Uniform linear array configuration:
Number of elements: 48
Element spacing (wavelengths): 0.5
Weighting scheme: hamming
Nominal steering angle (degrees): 30
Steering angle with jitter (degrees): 30.899
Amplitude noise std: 0.05
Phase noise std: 0.05

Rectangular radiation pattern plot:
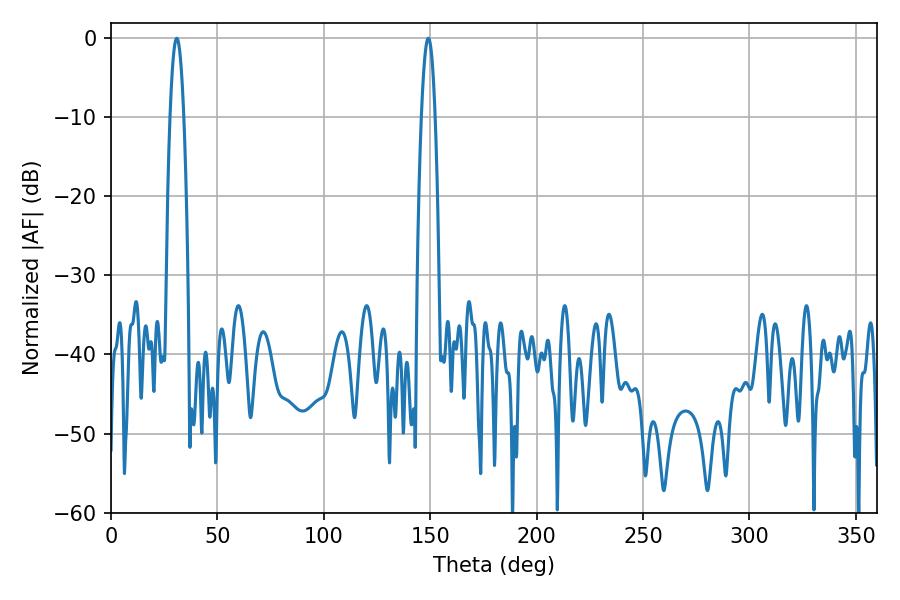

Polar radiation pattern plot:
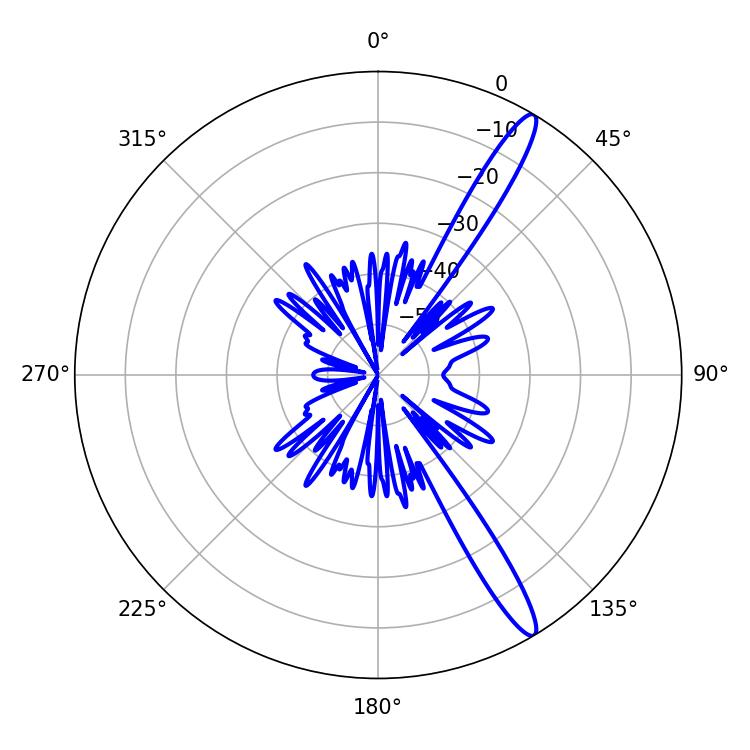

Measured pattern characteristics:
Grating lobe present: FALSE
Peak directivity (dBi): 14.599
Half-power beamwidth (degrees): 3.42
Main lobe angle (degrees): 30.96